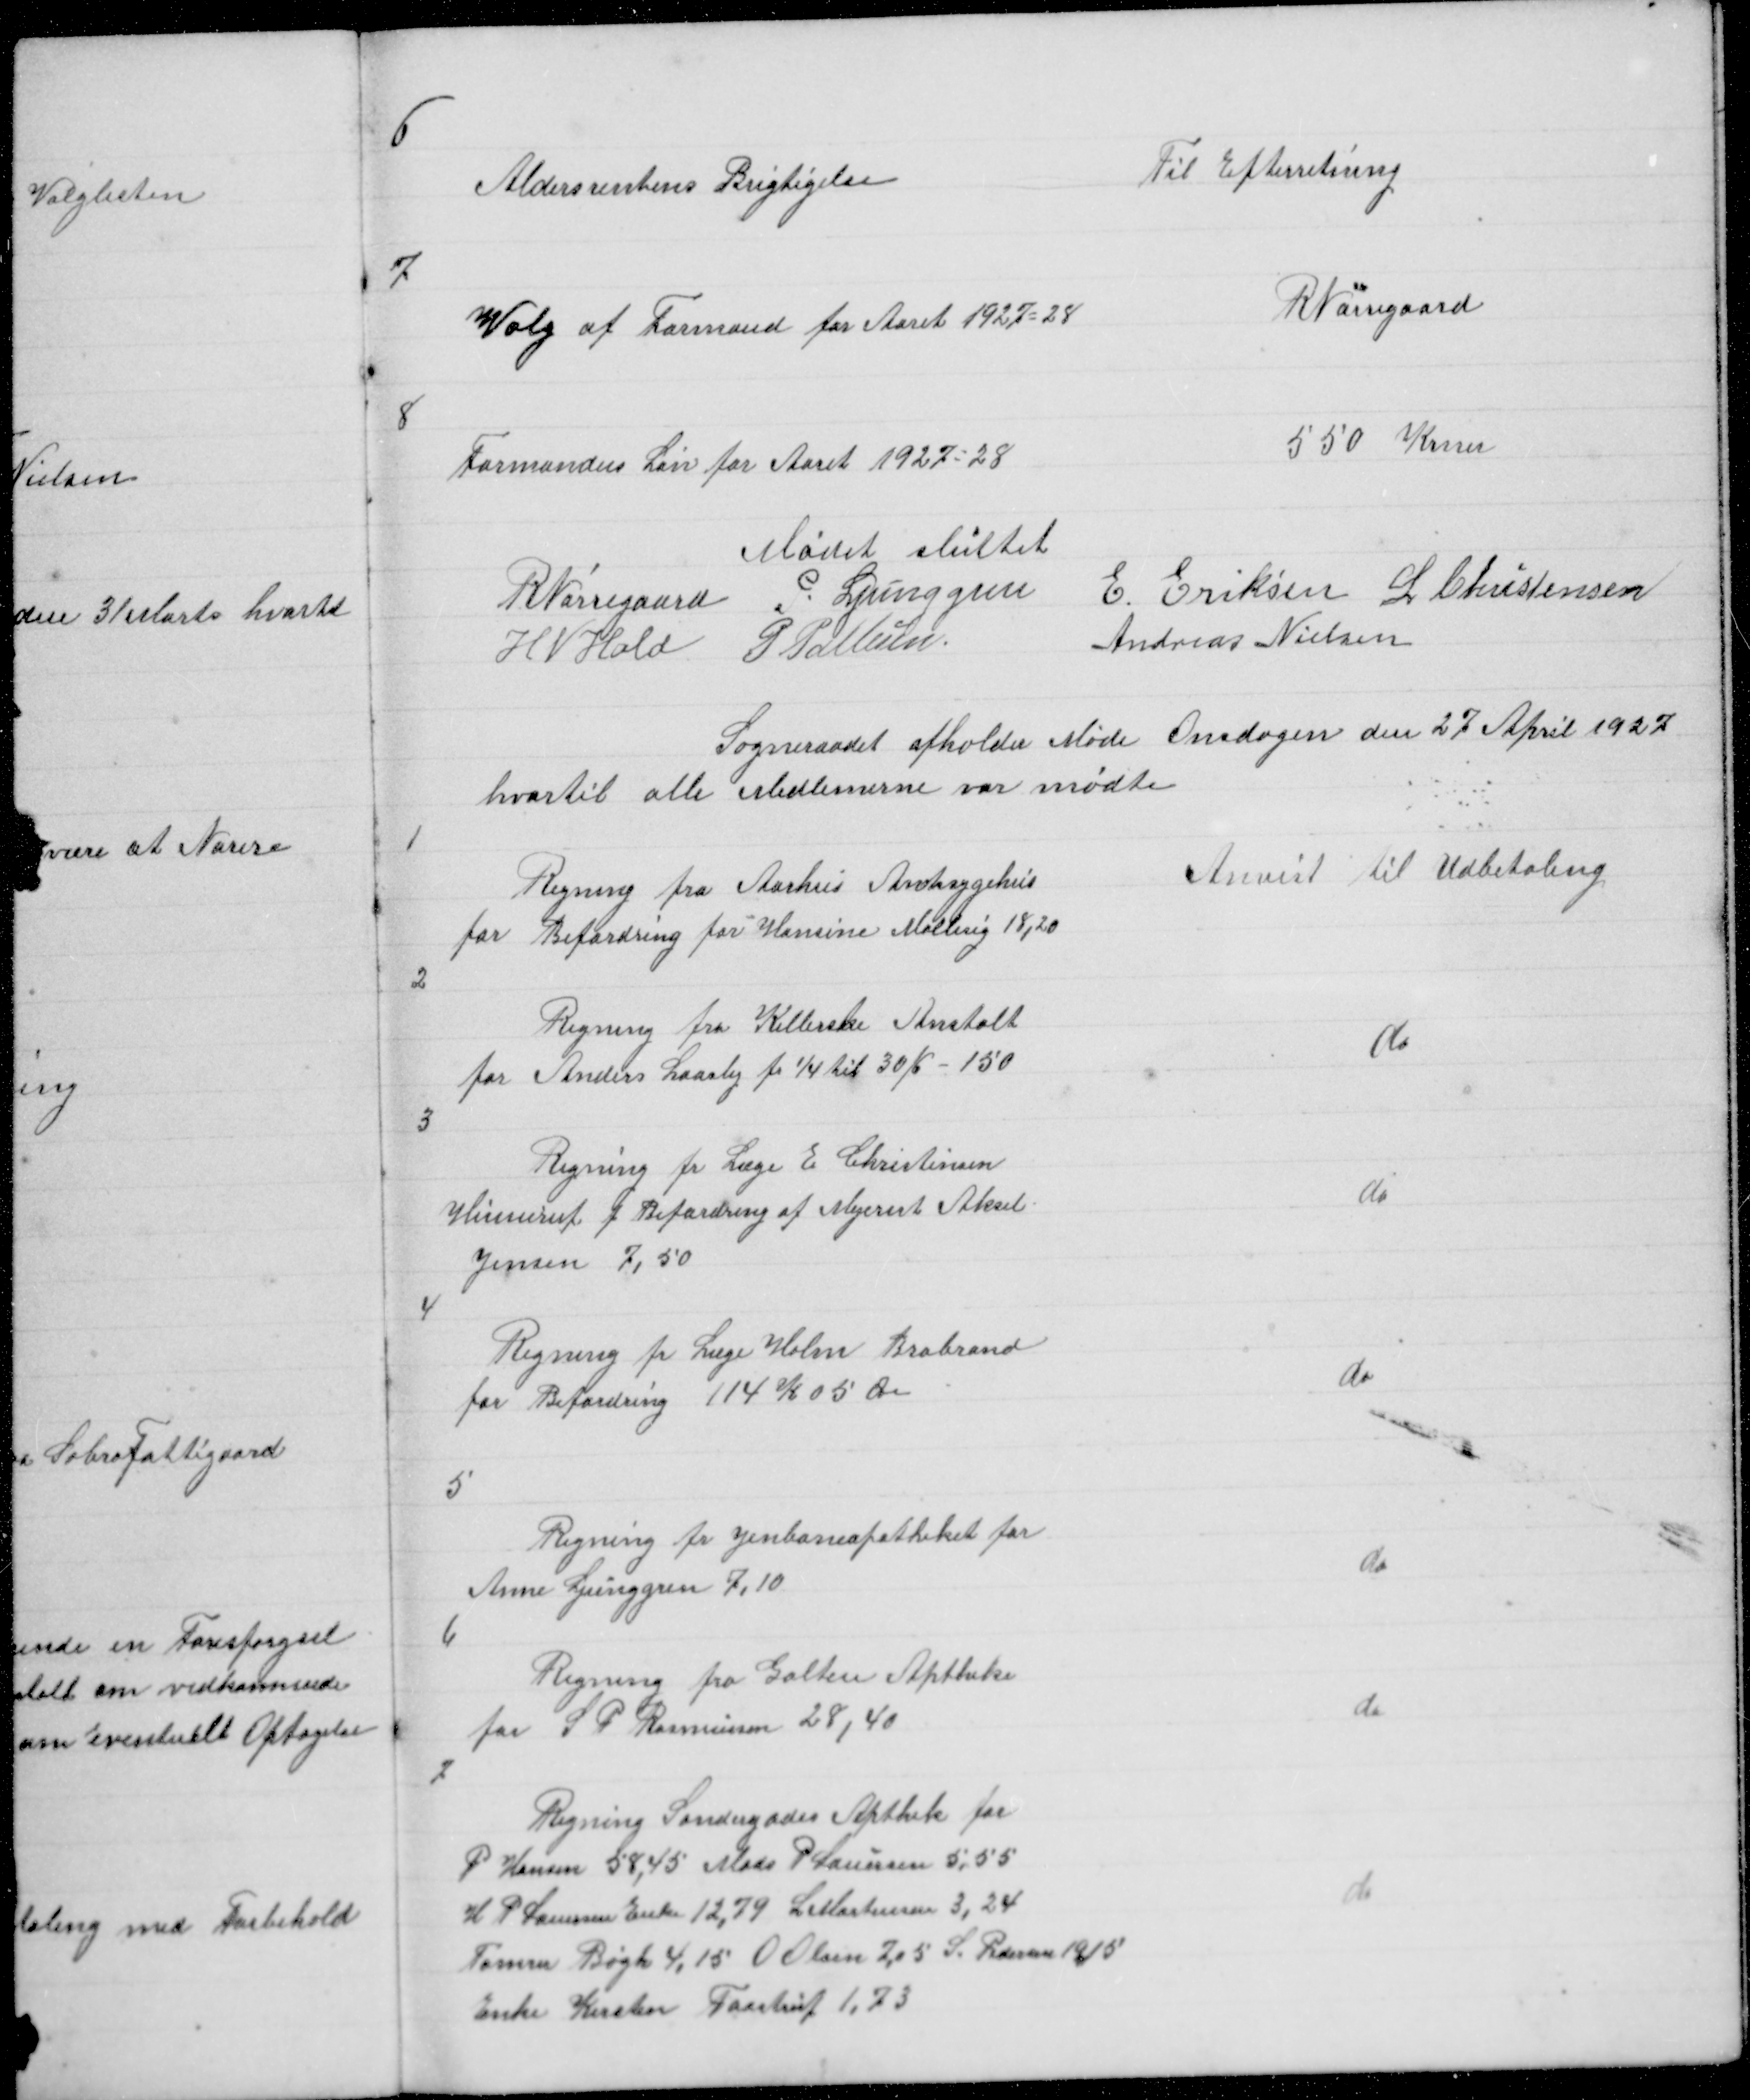
Transskription:
6

Aldersrentens Berigtigelse

Til Efterretning

7

Valg af Formand for Aaret 1927 = 28

R Nørregaard

8

Formandens Løn for Aaret 1927 = 28

550 Krner

Mødet sluttet
R Nørregaard P. Ljunggren E Eriksen L Christensen
H N Hald P Pallesen
Andreas Nielsen

Sogneraadet afholder Møde Onsdagen den 27 April 1927
hvortil alle Medlemerne var mødte

1

Regning fra Aarhus Amtsygehus
for Befordring for Hansine Malling 18,20

Anvist til Udbetaling

2

Regning fra Kellerske Anstalt
for Anders Laasby fr 1/4 til 30/6 - 150

do

3

Regning fr Læge E Christensen
Hinnerup f Befordring af Mejerist Aksel
Jensen 7,50

do

4

Regning fr Læge Holm Brabrand
for Befordring 114 K 05 Øre

do

5

Regning fr Jenbaneapotheket for
Anne Ljunggren 7,10

do

6

Regning fra Galten Aptheke
for S P Rasmussen 28,40

do

7

Regning Søndergades Apthek for
P Hansen 58,45 Mads P Lauersen 5,55
H P Lauersen Enke 12,79 L Mortensen 3,24
Tømrer Bøgh 4,15 O Olsen 7,05 S Pedersen 19,15
Enke Kirsten Taastrup 1,73

do